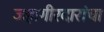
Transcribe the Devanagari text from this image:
जहागीरदारांचा